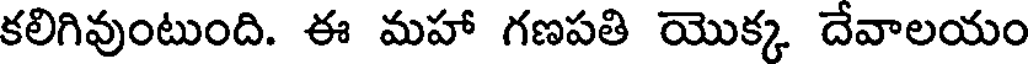
కలిగివుంటుంది. ఈ మహా గణపతి యొక్క దేవాలయం